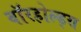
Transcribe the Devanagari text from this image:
वॉरहोल्ड्स